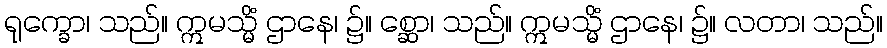
ရုက္ခော၊ သည်။ ဣမသ္မိံ ဌာနေ၊ ၌။ စ္ဆော၊ သည်။ ဣမသ္မိံ ဌာနေ၊ ၌။ လတာ၊ သည်။